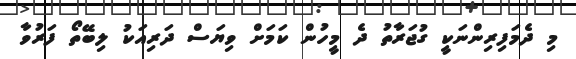
މި ދެމަފިރިންނަކީ ގުޖަރާތު ދެ މީހުން ކަމަށް ވިޔަސް ދަރިއަކު ލިބޭތޯ ފަރުވާ